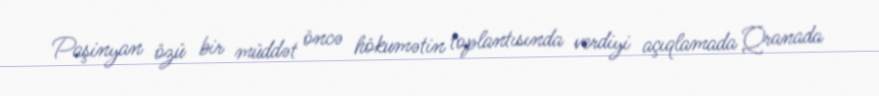
Paşinyan özü bir müddət öncə hökumətin toplantısında verdiyi açıqlamada Qranada